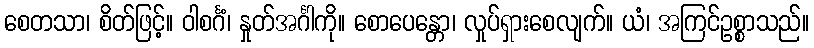
စေတသာ၊ စိတ်ဖြင့်။ ဝါစင်္ဂံ၊ နှုတ်အင်္ဂါကို။ စောပေန္တော၊ လှုပ်ရှားစေလျက်။ ယံ၊ အကြင်ဥစ္စာသည်။